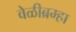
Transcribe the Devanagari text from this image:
वेळीब्रम्हा